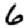
Digit: 6